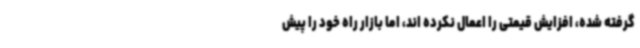
گرفته شده، افزایش قیمتی را اعمال نکرده اند، اما بازار راه خود را پیش